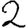
Digit: 2